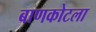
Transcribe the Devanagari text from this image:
बाणकोटला